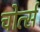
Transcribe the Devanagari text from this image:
चोर्त्स